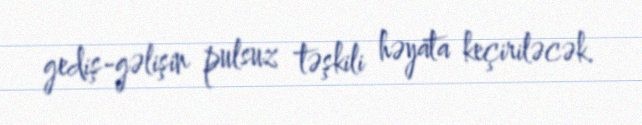
gediş-gəlişin pulsuz təşkili həyata keçiriləcək.